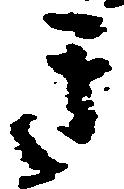
き